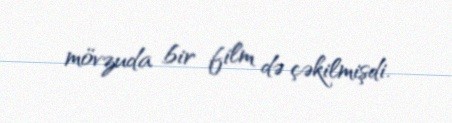
mövzuda bir film də çəkilmişdi.